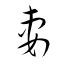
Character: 妻